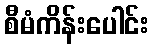
စီမံကိန်းပေါင်း